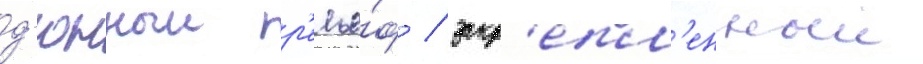
д'юнныи р'елье́ф / закр'епл'енныи